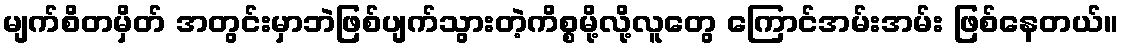
မျက်စိတမှိတ် အတွင်းမှာဘဲဖြစ်ပျက်သွားတဲ့ကိစ္စမို့လို့လူတွေ ကြောင်အမ်းအမ်း ဖြစ်နေတယ်။